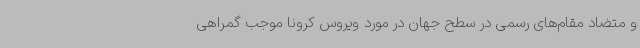
و متضاد مقام‌های رسمی در سطح جهان در مورد ویروس کرونا موجب گمراهی